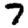
Digit: 7